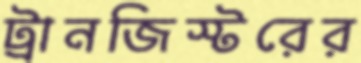
ট্রানজিস্টরের